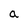
Character: a